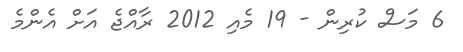
6 މަސް ކުރިން - 19 މެއި 2012 ރާއްޖެ އަށް އެންމެ